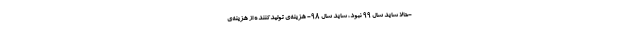
-حالا شاید سال ۹۹ نبود، شاید سال ۹۸- هزینه‌ی تولیدکننده از هزینه‌ی